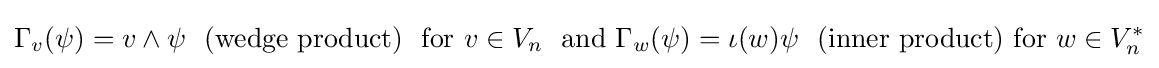
\Gamma _{v}(\psi )=v\wedge \psi \ {\text{ (wedge product) }}\ {\text{for }}v\in V_{n}\ {\text{ and }}\Gamma _{w}(\psi )=\iota (w)\psi \ {\text{ (inner product) }}{\text{for}}\ w\in V_{n}^{*}